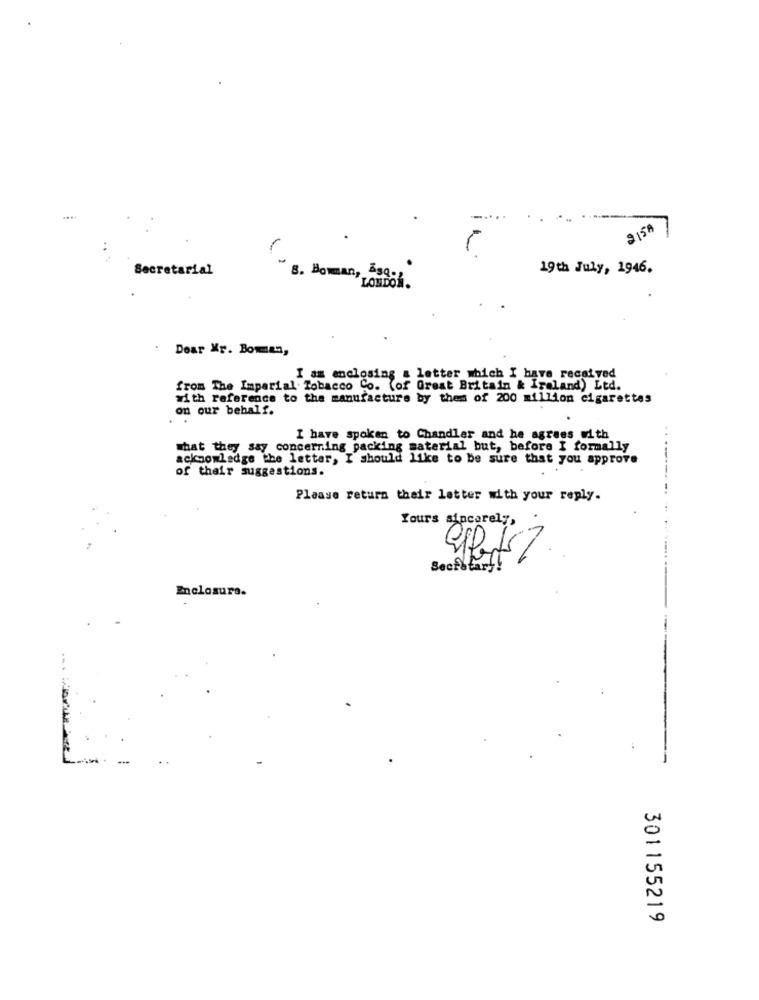
....
215A
..
Secretarial
19th July, 1946.
8. Bowman, 5sq-2
"LONDON.
Dear Mr. Bowman,
I am enclosing a letter which I have recei ved
from The Imperial Tobacco Co. (of Great Britain & Ireland) Ltd.
with reference to the manufacture by thes of 200 million cigarettes
on our behalf.
I have spoken to Chandler and he agrees with
what they say concerning packing material but, before I formally
acknowledge the letter, I should like to be sure that you approve
of their suggestions.
Please return their letter with your reply.
Yours sincerely,
Sociotary!
Enclosure.
301155219